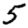
Digit: 5